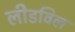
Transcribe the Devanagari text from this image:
लीडविल